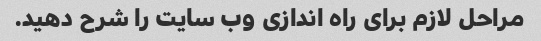
مراحل لازم برای راه اندازی وب سایت را شرح دهید.